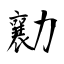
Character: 勷